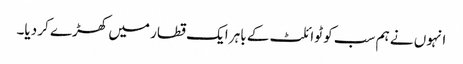
انہوں نے ہم سب کو ٹوائلٹ کے باہر ایک قطار میں کھڑے کر دیا۔